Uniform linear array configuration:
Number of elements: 48
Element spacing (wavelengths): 0.25
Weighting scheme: hamming
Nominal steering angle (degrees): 0
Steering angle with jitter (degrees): -0.4945
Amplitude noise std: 0.05
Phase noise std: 0.05

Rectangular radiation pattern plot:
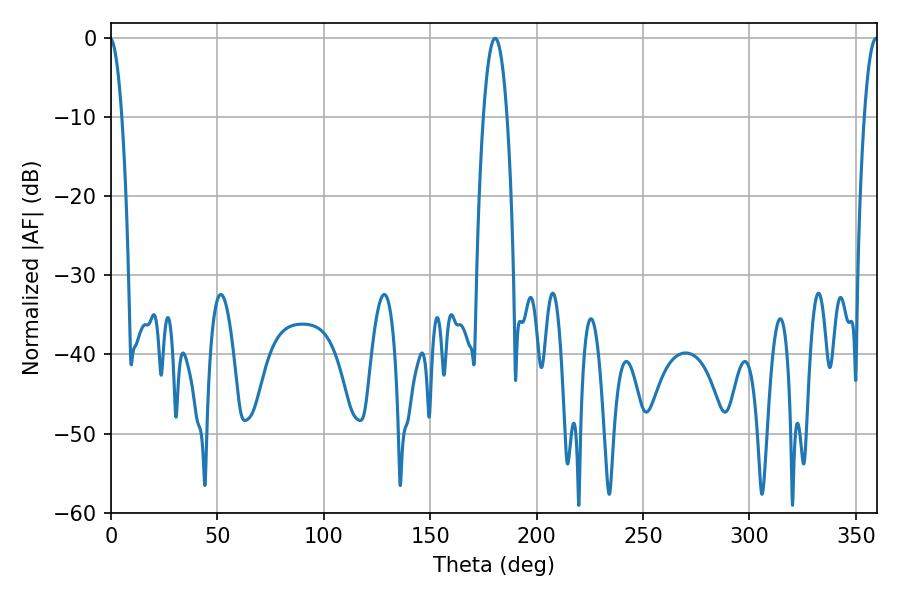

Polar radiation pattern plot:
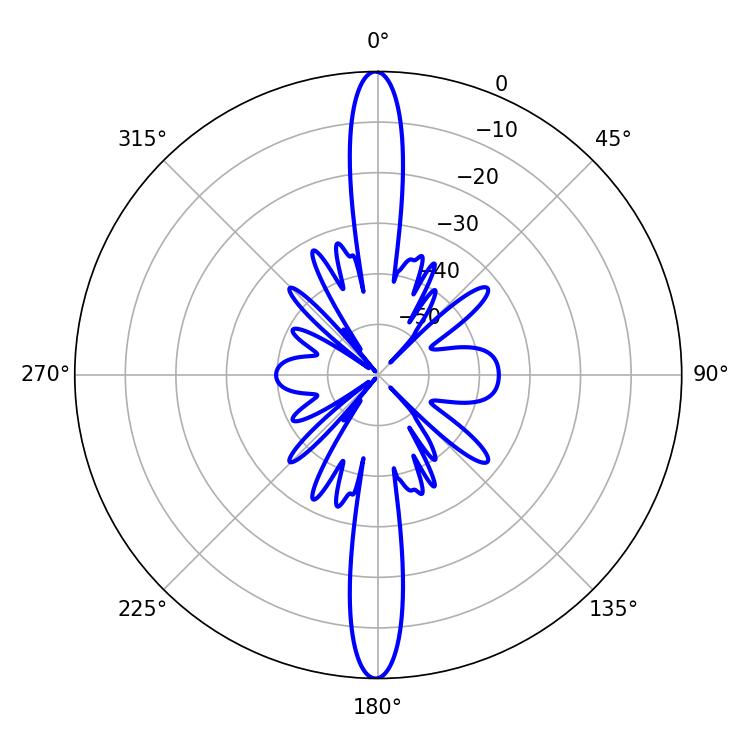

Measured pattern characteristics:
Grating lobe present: FALSE
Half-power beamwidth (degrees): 6.12
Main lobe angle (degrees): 180.54